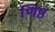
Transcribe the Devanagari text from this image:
णिष्ठ